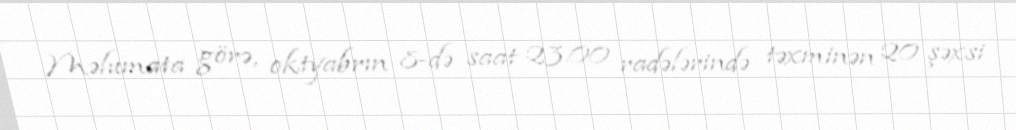
Məlumata görə, oktyabrın 8-də saat 23.00 radələrində təxminən 20 şəxsi